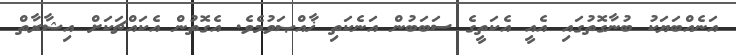
އަނެއްބަޔަކު ބުނާގޮތުގައި އެއީ އެކަތީގެ ސަބަބުން އަނެކަތި ޚާއްޞަވުމެވެ. އެގޮތުން އެކައްޗަކަށް އިޝާރާތް